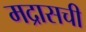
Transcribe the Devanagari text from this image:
मद्रासची